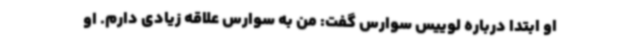
او ابتدا درباره لوییس سوارس گفت: من به سوارس علاقه زیادی دارم. او